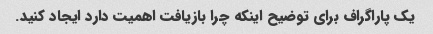
یک پاراگراف برای توضیح اینکه چرا بازیافت اهمیت دارد ایجاد کنید.